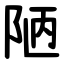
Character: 陋